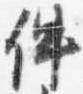
件